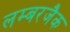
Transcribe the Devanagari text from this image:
लम्बरजैक